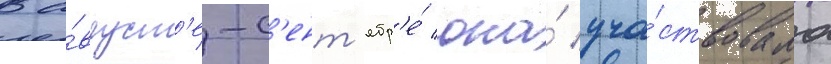
В а́вгуст'е-с'ент'ябр'е́ она́ уча́ствовала